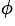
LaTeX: ^\phi